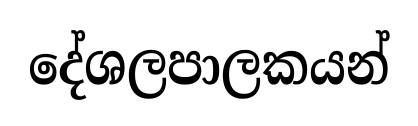
දේශලපාලකයන්